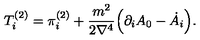
T _ { i } ^ { ( 2 ) } = \pi _ { i } ^ { ( 2 ) } + \frac { m ^ { 2 } } { 2 \nabla ^ { 4 } } \Bigl ( \partial _ { i } A _ { 0 } - \dot { A } _ { i } \Bigr ) .